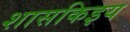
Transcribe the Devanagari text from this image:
शासकिइय